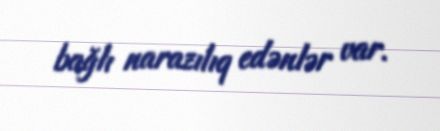
bağlı narazılıq edənlər var.